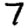
Digit: 7